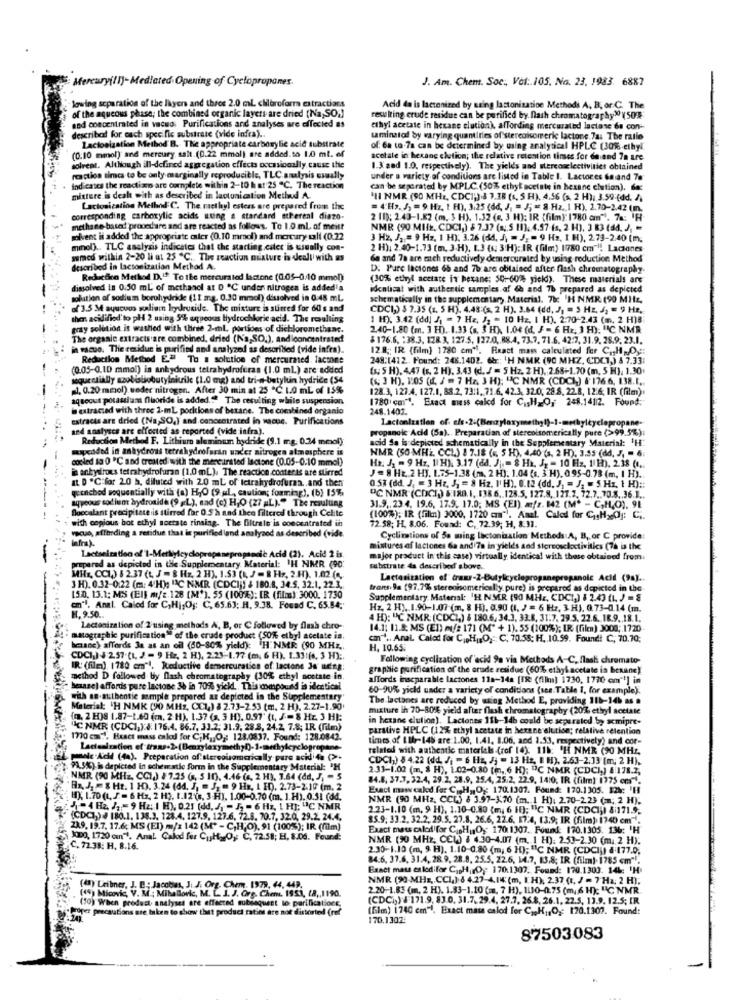
Mercury(1)- Mediated Opening of Cyclopropones.
J. Am. Chem. Soc ., Vol :. 105, No. 23. 1983. 6887
lowing separation of the layers and three 2.0 ml cMoreform extractions
Acid da is lactonized by saing lastonization Methods A, B, or C. The
of the aqueous phase; the combined organic layers are dried (Na,SO.)
resulting crude residue can be purified by nash chromatography"150%
and concentrated in vacuo, Purifications and analyses are affected as
ethyl acetate in hexane elutionk, affording mercuralbd lactase 6s con-
describat for each speci fie substrate (vide infra) ..
Lactosization Method B. The appropriate carboxylic acid substrate
uminatal by varying quantities of stereoisomeric lactone. 7a. The ratio
of: 6a to.7a can be determined by using analytical HPLC (30% ethyl
(0:10 mmol) and mercury.salt (0.22 mmol) are added.to 1.0 mt. ef
acetale in hexane elution; the relative retention times for do and 7n are
solreat. Although ill-defined aggregation effects occasionally. cause the
1.3' and 1.0, respectively). The yield's and stercoselectivities obtained
reaction simca to be anty marginally reproducible, TLC analysis usually
under a variety of conditions are listed in Table I. Lactores Gmand 70
ind cases the reactixo are complete within 2-10 h at 25 "℃. The reaction
can be separated by MPLC (50% ethyl acetate in hexane elution), for
mittere is dealt with as described in lactunication Method A.
MII NMR (90 MHE, CDCI-).3 7.38 (s, 5 H), 4.56 (s. 2 H): 3.59 (dd. /.
Lacionication Method C. The methyl esters are prepared from the
= 4:H7. J) = 9: Hz, 1 H), 3,25 (dd, J] = J; = 8.Hz, 1 H), 2.70-2.42 (m.
corresponding carboxylic acids uting a standard etferent diazo-
2 (1); 2.43-1.82 (m. 3 H), 1.32 (6, 3 H); IR (film): 1780 cm"). 7a: F
methane base procedure and are reacted as follows. To 1.0 ml of meist
NMR (90 MIIL, CDCI,) $ 7.37 (a ;, 5 (1): 4.57-(s, 2 H), 3 83 (34. J, =
kent is added the appropriate exter (0.10 mmd) and mercury tali (0.22
3 H2. J. = 9 Hz, 1 H). 3.26 (64, J) = J, - 9 H2, 1 H), 2.73-2.40 (m.
minel) ., TLC asslysis indicates that the starting cater is usually con-
2 H): 2.40-1.73 (m. 3-H), 1.3 (s: 3:H): IR (film) 1780 cm"l! Laciones
wmed within 2-20 li at 25 ℃ .. The reaction mixture in deall'with as
Ga and 7a are utch reductively demercurated by using reduction Method
described in lactonization Method A.
D: Pure laciones 6b and 76 are obtained after flash chromatography.
Reduction Method D.12 To the mercurated lactone (0.05-0,10 mmol);
(30% ethyl acetate iv hexane: 50-60% yield). These materials are
dimolved in 0.50 ml of methanol at 0 ℃ under nitrogen is addedla
identical with authentic samples. af de and 7b prepared as depicted
solution of sodium borohydride (11 mg. 0.30 mmol) dissolved in 0:48 mL.
schematically in the supplementary Material. 7b: 'H NMR (90 MHz,
of 3.5 M ayucvos salium hrydruside. The mixture is stirred for 60 s and
CDCI,) 3 7.35 (1. 5 H). 4.48:(s. 2 H). 3.64 (dd. J) = 3 Hz, J) = 9 Hs,
then acidified to pH 2 using 5% aqueous Hydrochloric acid. The resulting
1 H), 3.42 (dd) J] = 7 Hz, J; = 10 Hz. I H). 2:70-2.43 (m. 2 H)B
gray solution is washed with three 2-mL, portions of dichloromethane.
2.40-1.80 (m. 3 E). 1.33 (s. 3 H), 1.04 (d, J = 6 Hr, 3 H): "C NMR
The organic extracts are combined, dried (N'a,SO.), andiconcentrated!
$176.6. : 38.3. 178.3, 127.5, 127.0, 88.4, 73.7. 71.6. 42:7, 31.9. 28.9. 23.1.
vacuo. The residue is purified and analyzed as described (vide infra).
12.8 ;: IR (film) 1780 cm"l. Fact mass calculated for C ., H ,, O .::
Reduction Method E." To a solution of mercurated factone
248:1412. Found: 248.1402. 6r; 'H NMR (90 MHZ, CTC7,) & 7.33:
(0.05-0.10 mmol) in anhydrous tetrahydroftras (1.0 ml) are added
(s. 5 H). 4.47 (s. 2 H), 3.43 (d. J = 5 Hz. 2 H). 2.68-1.70 (m, 5 H), 1.30
sequeclially szobaisobutylnitrile (1.0 mg) and tri-n-butylun hydride (54
(S; 3 H), 1:05 (If, / = 7 Hz, 3 H); "C NMR (CDCI) &' 176 6, 138.1 ..
1. 0.20 mmol) seder nitrogen. After 30 min at 25 ℃: 1.0 mL of 15%%
128.3, 127.4. 127.1, 88.2, 73:1, 71.6, 42.3, 32.0, 28 8, 22.8, 12:6, IR (film).
aqueous potassiuma fluoride is added." The resulting while suspension.
1780 cm". Exact mess cald for CisH=O, 248.1412. Found:
@extracted with three 2-mL poritions of betane. The combined organio
248.1403.
extracts are dried (Na;SO,) and concentrated in macue. Purifications
and analyses are efforted as reported (vide infra).
propanoic Acid (Sa) .. Preparatian of stereoisomerically pure (>99.5%);
Reduction Method F. Lithium aluminum hydride (9.1 mg. 0.34 mmol);
acid Sa is depicted schematically in the Supplementary Material: 'H:
----
mapcided in anhydrous tetrahydrofarin uader nitrogen atmosphere is
NMR (SO MHZ, CCL) 8 7.18 (1, 5 H), 4,40 (s, 2 H), 3.55 (dd, J, = 6.
cooled 18 0 ºC and created with the mercursted lactone (0.05-0.10 mmol)
Hz: J2 = 9 Hz, 11 H): 3.17 (dd. J . = 8 Hk, J, = 10 Hz, 1 H). 2.38 ( ..
i anhydrous tetrahydrofuran [1.0 mL). The reaction.conteras are stirred
J = 8 HE 2 HY. 1.75-1.38 (m, 2 H). 1.04 (s. 3.H), 0.95-0.78 (m, I H) ..
IL D "C"for 2.0 h, diluted with 20 ml of tetrahydrofuraa .. and then
qu'onchod soquantially with (a) H,O (9 ul, caution; forming), (b) 15%,
0.57 (dd. J. = 3 Hz, J; = 8 Hz. I'H), 0.12 (dd. J] = J; = 5.Hz, 1 H) ::
DC NMR (CDCI) & 180.1. 138.6. 128.5. 127.8, 127.7. 72.7. 70.8 .. 36.I ..
aqyoous sodium hydroxide (9 gL), sad (c) HJO (27 aL)." The resulting
Boccalant precipitate is stirred for 0.5 h and thee filtered through Celite
31.9 .. 23 4. 19.6, 17.9. 17.0; MS (EI) =/z. 142 (M* - C,H,O), 9L
with copious bot ethyl soerste rinsing. The filtrale is concentrated in
(100%); IR (film) 3000, 1720 cm"). Anal. Caled for C.HxOg: C ..
vacuo, affinding a retidue that in purified land analyand as described (vide.
12 58; H. 8.06. Found: C, 72.39; H, 8.11.
bafra).
Cycliitions of Sa ming lactonination Methods A, B, or C provide:
mistures of lactones Ga and 7a in yields and stereoselectivitics (76 is the
prepared as depicted in the Supplementary Material: 'H NMR (90:
Lactselration of 1-Merliylcyclopropanepropsndic Acid (2). Acid 2 is.
major product in this case) virtually identical with these obtained from:
substrate 4a described above.
Milx, CCI.) 6 2.37 (t. J = 8 Hz, 2 H), 1.53 (L, J = R Hr, 2.H), 1.02 (3,
Lactosization of trans-2-Butylcyclepropanepropanolc Acid (98) ..
3 H). 0.32-0:22 (m: 4'H); "AC NMR (CDCI)! & 180.8, 34.5, 32.1, 22.3.
trans. 9a (97,7% stereoisomerically. pure) is prepared as depicted in the
15.0. 13.1; MIS (Elf m/'z.128 [M*). 55 (100%): [B. (film): 3000. 1730
Supplementary Material: 'H NMR (90 MHZ, CDCI,) 8 2.43 (L. ) = §
en"l. Anal. Calod for C,Hi,Og: C. 65.63; H. 9.38. Found C. 65.54;
Hz, 2 H). 1.90-1.07 (m, 8 H). 0.90 (I, J = 6 Hz, 3 H), 0.73-0.14 (m.
H. 9.50 ..
4 H): "C NMR: (CDCI,) & 180.6. 34.3. 33.8, 31.7. 29.5. 22.6. 18.9. 18.1.
Lactonization of 2'using methods A, B, or C followed by flash chro-
14.1: 11.8. MS (EI) ml/# 171 (M" + 1). 55 (100%); IR (filen) 3000 ;. 1720-
matographic purification" of the crude product (50% etbyl acelate is.
cm" .. Anal Caled for C. H. O. C. 70.55; H. 10.59. Found! C, 70.70;
beane) affords 3a as an oil (50-80% yield): "H" NMR (90 MHZ ,.
H. 10.65.
CDCI) 4 2.57-(1, J - 9 HE, 2 H), 2.23-1.77 (m, 6 H), 1.331(4, 3 H) :.
Following cyclization of ack 9a via Methods A-C. flash chromato-
IR: (film). 1780 em" !. Reductive demercuration of lactone Je neing:
graphic purification of the orude residue (60% ethyl acetate is bexand)
method D followed by flash chromatography (30% ethyl sostate in.
affords inseparable lactones 11a-14a [IR: (film) 1730, 1770 cm"'] in
benazel affords pure lactone 36 in 709% yickl. This compound is identical
60 90% yield under a variety of conditions (ses Table I, for example).
with an authentic sample prepared az depicted in the Supplementary"
The lactones are reduced by using Method E, providing 111-14h as a
Material: 'H NMK (90 MHZ, CCL) 8 2.73-2.53 (m. 2 H), 2.27-1.90'
mixture ih 70-80% yield after flash chromatography (20% ethyl acetate
"(. 2 H)8 1.87-1.60 (m. 2 H). 1.37 (s. 3 H). 0.97' (t. J .= 8 Hz. 3 HI:
in hexane elution). Laciones 111-14b could be separated by acmipre-
"IC NMR (CDCI,):#: 176.4. 86.7. 33.2; 31.9. 28.3, 24.2, 7.8; IR (film)
parative HPLC (12% ethyl acetate in hexane elution; relative retention
1770 cm", Exact mass calod for C;H ,, O ,: 128.0837. Found: 128.0842.
times of IMr-148 are 1.00, 1.41. 1.06, and 1.53, respectively) and cor-
related with authentic materials (ref 14) 11b: 'H NMR (90 MHZ,
panic.Acif (4). Preparation of stereolomarically pure acilia (>+
CDC13) 5 4.22 (dd. /] = 6 Hz, Jj - 13 Hz. I H), 2.63-2:13 (m. 2 H),
7.5%) is depicted in schematic form in the Supplementary Material: "H
2.33-1.02 (m. § H), 1.02-0.80 (m ,, 6 H); "C NMR (CDCI,) & 178.2.
NMR (90 MHZ, CCI.) & 7.25 (a, 5 10), 4.46 (6, 2 H), 3.64 (dd, J, - 5
84.8, 37.3. 32.4, 29.2. 28.9, 25.4, 25.2, 22.9. 1410. IR (film) 1775 ens".
"Ba, J, = 8 Ht. 1 H). 3.24 (64, J, = J] = 9 Hs, L HD). 2.73-2.10 (m. 2
Exact maw calod for C ., H ,, Og: 170.1307. Found: 170.1305. 124: 'H
H), 1.70(t. J = 6 Hz, 2 H), 1.12'(s, 3 H). 1.00-0.70 (m. 1.H). 0.31 (dd.
NMR (90 MHZ, CCL) & 3.97-X.70 (m. 1 H). 2.70-2.23 (m. 2 H),
-4 H2 J"9 H2: 1 H), 0.21 (dd, J] = /3 - 6 Hz, 1 H]: "C NMR
2.23-1.10 (m. 9 H), 1.10-0.80 (m; 6 H); "IC NMR (CDCI;) 8:171.9.
(CDCI,) # 180.1. 138.3, 128.4. 127.9. 127.6, 72.8. 70.7, 32.0, 29.2. 24.4.
85.9; 33.2. 32.2, 29.5. 27.8. 26.6, 22.6. 17:4, 13.9; IR (film). 1740 cm".
(239, 19.7. 17.6 MS (El) m/z 142 (M* - C,H;O), 91 (100%); IR (film)
Exact mats caled for CisHO : 170:1307. Found: 170.1305. 136: 'H
JODO, 1720 can"t. Anal Calod for CuH2 O ,: C. 72.58; H. S.D .. Found:
NMR (90 MHZ, CCW) # 4.30-4.07 (m. 1 H): 2.53-2.30 (m. 2 H).
FC. 72 38; H. 8.16.
2.30-1.10 (m, 9. H), 1.10-0.80 (m; 6 H); "IC NMR (CDCI]) 8 177.0.
84.6, 37.6. 31.4, 28.9. 28.8. 25.5. 22.6. 14.7. 13.8; IR (film)- 1785 cm""
Exact mats es lodifor CasHIPOy 170.1307. Found: 170.1303. 14L: 'H
NMR (90-MHz ,. CCI.): 6 4.27-4.14: (m, ICH), 2.37 (1, J = 7 Ha; 2 H);
(4) Leibner, J. B .: Jacobet, J. J. Org. Chem. 1979, 44, 449.
2.20-1.83 (m. 2 H). 1.83-1.10 (m. 7 H), 1110-0.75 (m, 6 H): "C NMR
(49) Micovic, V. M .; Mihallovic, M. L. J. J. Org. Chem. 1953, 18 ,, 1190.
(CDCi;) # 171.9. 83.0. 31.7. 29.4. 27.7. 26.8, 26.1. 22.5, 13.9. 12.5; IR.
. Proper precautions are taken to show that product ratios are not distorted (ref
(50) When product analyses are effected subiaquest lo parifications,
(film) [740 cm"1. Exact mass calod for C ,, HJ,Og: 170.1307. Found:
170.1302:
87503083
-